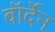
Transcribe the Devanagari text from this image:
वॉर्देन